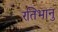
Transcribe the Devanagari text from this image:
रतिभानु